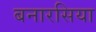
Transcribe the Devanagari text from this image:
बनारसिया